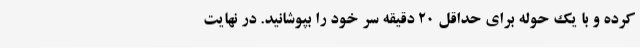
کرده و با یک حوله برای حداقل 20 دقیقه سر خود را بپوشانید. در نهایت